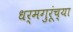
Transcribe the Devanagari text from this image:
धर्मगुरूंच्या